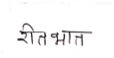
मजकूर: रीतभात